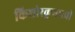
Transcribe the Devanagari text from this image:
किशोरकुमारची